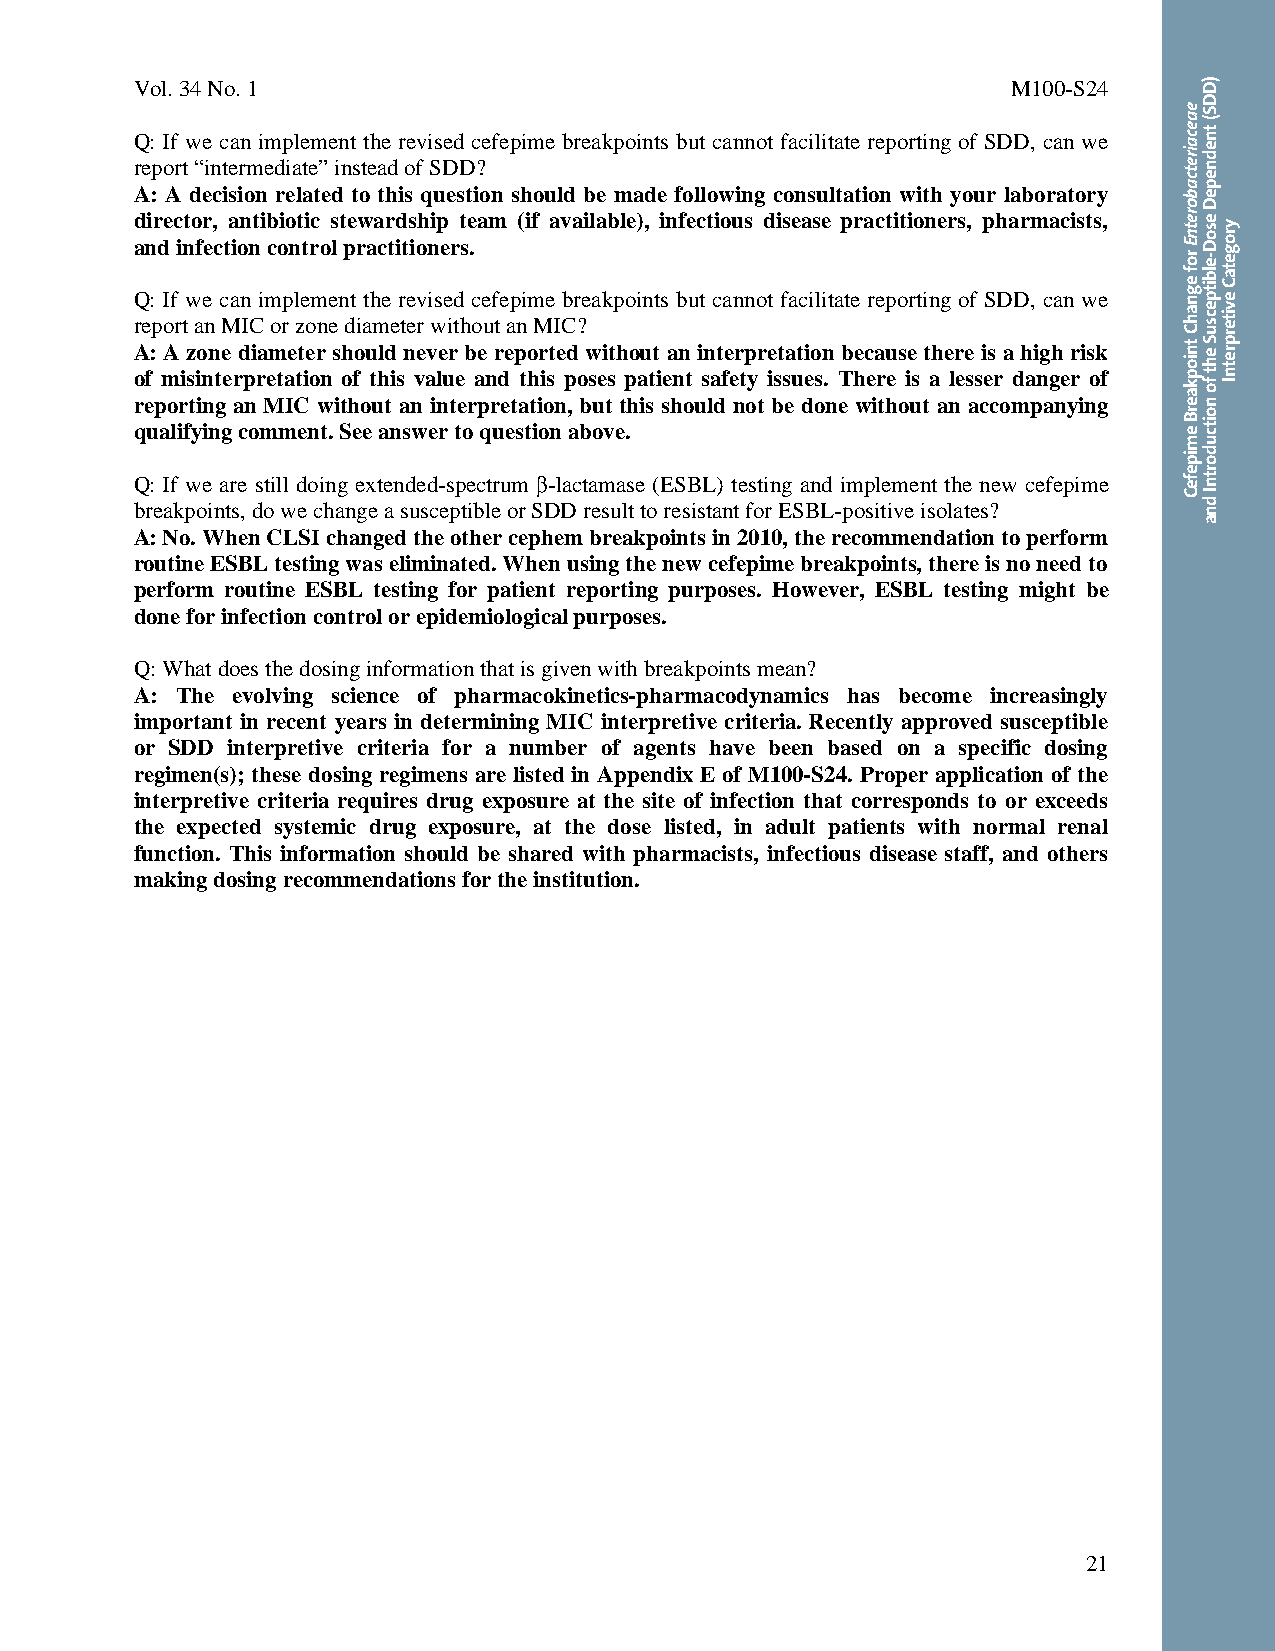
Vol. 34 No. 1                                             M100-S24
 Q: If we can implement the revised cefepime breakpoints but cannot facilitate reporting of SDD, can we
 report “intermediate” instead of SDD?
 A: A decision related to this question should be made following consultation with your laboratory
 director, antibiotic stewardship team (if available), infectious disease practitioners, pharmacists,
 and infection control practitioners.
 Q: If we can implement the revised cefepime breakpoints but cannot facilitate reporting of SDD, can we
 report an MIC or zone diameter without an MIC?
 A: A zone diameter should never be reported without an interpretation because there is a high risk
 of misinterpretation of this value and this poses patient safety issues. There is a lesser danger of
 reporting an MIC without an interpretation, but this should not be done without an accompanying
 qualifying comment. See answer to question above.
 Q: If we are still doing extended-spectrum β-lactamase (ESBL) testing and implement the new cefepime
 breakpoints, do we change a susceptible or SDD result to resistant for ESBL-positive isolates?
 A: No. When CLSI changed the other cephem breakpoints in 2010, the recommendation to perform
 routine ESBL testing was eliminated. When using the new cefepime breakpoints, there is no need to
 perform routine ESBL testing for patient reporting purposes. However, ESBL testing might be
 done for infection control or epidemiological purposes.
 Q: What does the dosing information that is given with breakpoints mean?
 A: The evolving science of pharmacokinetics-pharmacodynamics has become increasingly
 important in recent years in determining MIC interpretive criteria. Recently approved susceptible
 or SDD interpretive criteria for a number of agents have been based on a specific dosing
 regimen(s); these dosing regimens are listed in Appendix E of M100-S24. Proper application of the
 interpretive criteria requires drug exposure at the site of infection that corresponds to or exceeds
 the expected systemic drug exposure, at the dose listed, in adult patients with normal renal
 function. This information should be shared with pharmacists, infectious disease staff, and others
 making dosing recommendations for the institution.
 21
 Thisdocumentisprotectedbycopyright.
 PublishedOn1/1/2014.
 eaecairetcaboretnE
 rof
 egnahC
 tniopkaerB
 emipefeC
 )DDS(
 tnednepeD
 esoD-elbitpecsuS
 eht
 fo
 noitcudortnI
 dna
 yrogetaC
 eviterpretnI